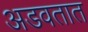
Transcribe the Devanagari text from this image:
अडवतात